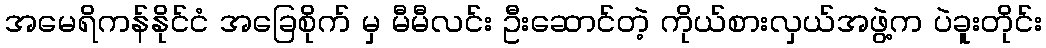
အမေရိကန်နိုင်ငံ အခြေစိုက် မှ မီမီလင်း ဦးဆောင်တဲ့ ကိုယ်စားလှယ်အဖွဲ့က ပဲခူးတိုင်း